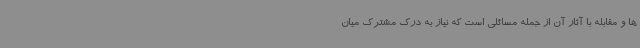
ها و مقابله با آثار آن از جمله مسائلی است که نیاز به درک مشترک میان